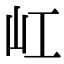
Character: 屸